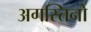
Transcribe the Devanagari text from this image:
अगस्तिनो